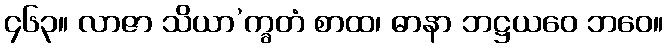
၄၆၃။ လာဇာ သိယာ’က္ခတံ စာထ၊ ဓာနာ ဘဋ္ဌယဝေ ဘဝေ။